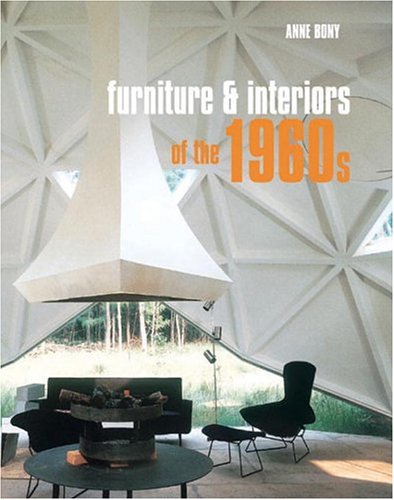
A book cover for Furniture and Interiors of the 1960s; Anne Bony; Crafts, Hobbies & Home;